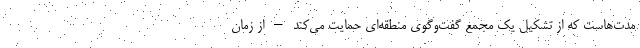
مدت‌هاست که از تشکیل یک مجمع گفت‌وگوی منطقه‌ای حمایت می‌کند – از زمان